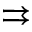
\rightrightarrows